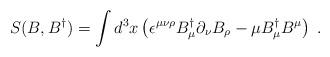
LaTeX: \begin{align*}S(B,B^{\dagger })=\int d^3x\left( \epsilon ^{\mu \nu \rho }B_\mu^{\dagger }\partial _\nu B_\rho -\mu B_\mu ^{\dagger }B^\mu \right) \;.\end{align*}